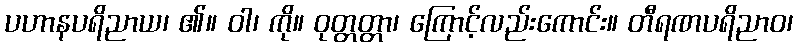
ပဟာနပရိညာယ၊ ၏။ ဝါ၊ ကို။ ဝုတ္တတ္တာ၊ ကြောင့်လည်းကောင်း။ တီရဏပရိညာဝ၊